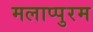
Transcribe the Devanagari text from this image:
मलाप्पुरम